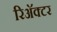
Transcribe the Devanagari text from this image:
रिअॅक्टर